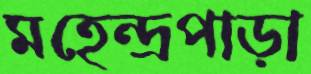
মহেন্দ্রপাড়া